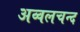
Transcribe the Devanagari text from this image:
अव्वलचन्द